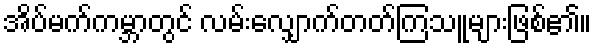
အိပ်မက်ကမ္ဘာတွင် လမ်းလျှောက်တတ်ကြသူများဖြစ်၏။